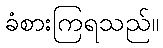
ခံစားကြရသည်။